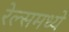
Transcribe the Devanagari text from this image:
रेल्समध्ये